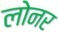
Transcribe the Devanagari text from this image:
लोनर